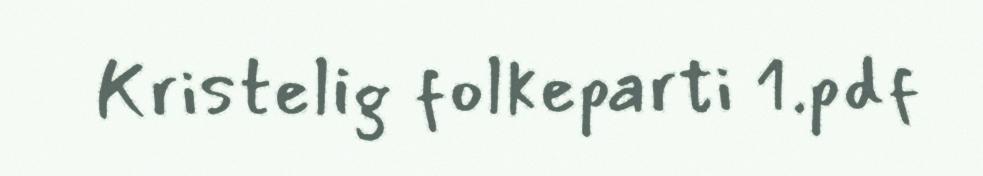
Kristelig folkeparti 1.pdf